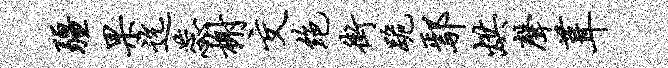
疆果迄蕊榭交绝街跪鄢烘声葺